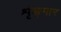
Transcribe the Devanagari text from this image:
शृंङ्गार